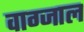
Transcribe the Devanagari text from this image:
वाग्जाल